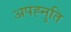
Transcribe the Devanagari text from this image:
अपह्नुति